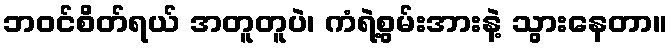
ဘဝင်စိတ်ရယ် အတူတူပဲ၊ ကံရဲ့စွမ်းအားနဲ့ သွားနေတာ။